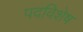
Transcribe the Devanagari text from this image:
पदविशेष